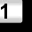
Digit: 1